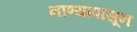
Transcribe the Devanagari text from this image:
नाण्यापासून